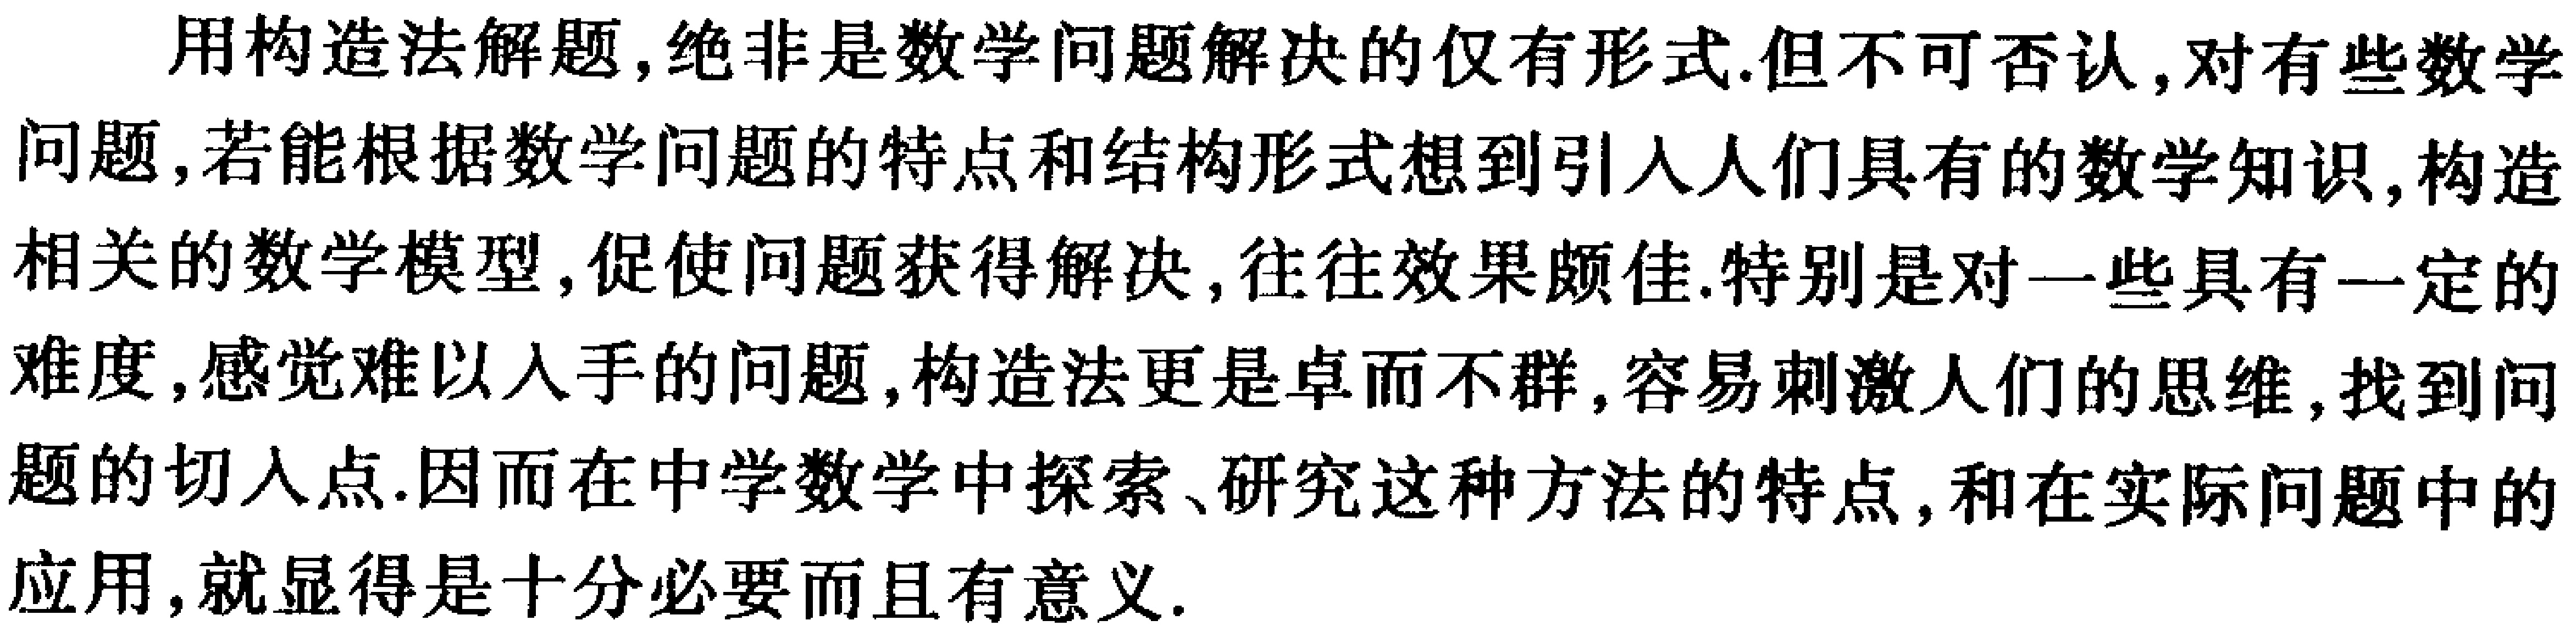
用构造法解题,绝非是数学问题解决的仅有形式.但不可否认,对有些数学问题,若能根据数学问题的特点和结构形式想到引入人们具有的数学知识,构造相关的数学模型,促使问题获得解决,往往效果颇佳.特别是对一些具有一定的难度,感觉难以入手的问题,构造法更是卓而不群,容易刺激人们的思维,找到问题的切入点.因而在中学数学中探索、研究这种方法的特点,和在实际问题中的应用,就显得是十分必要而且有意义.